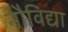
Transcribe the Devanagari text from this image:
नौविद्या